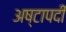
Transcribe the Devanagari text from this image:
अष्टापदीं